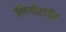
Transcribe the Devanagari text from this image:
लिनोटाईप